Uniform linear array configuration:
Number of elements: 12
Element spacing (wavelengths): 0.25
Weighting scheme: hamming
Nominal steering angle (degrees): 30
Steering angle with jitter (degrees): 31.405
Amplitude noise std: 0.05
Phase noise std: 0.05

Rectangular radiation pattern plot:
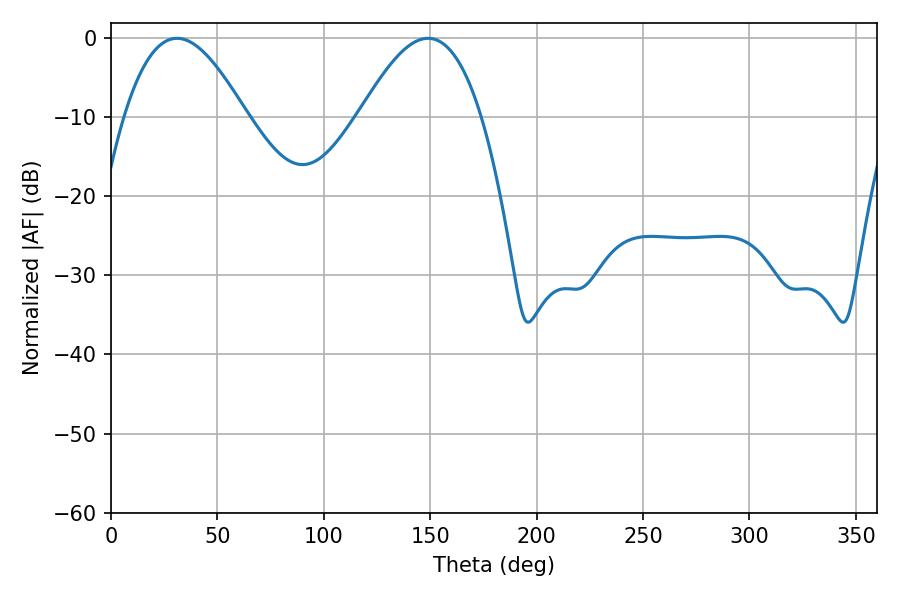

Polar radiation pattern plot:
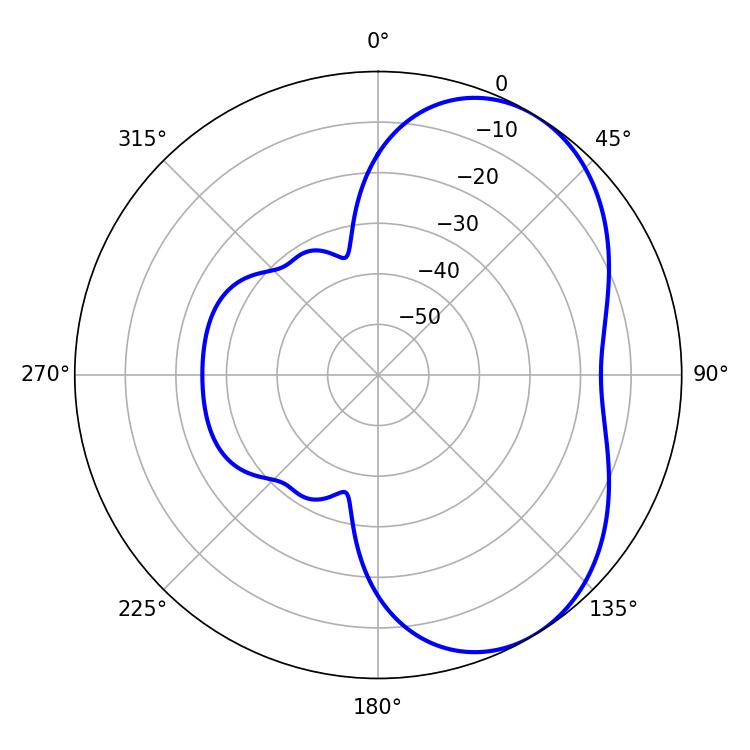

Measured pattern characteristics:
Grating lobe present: FALSE
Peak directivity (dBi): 4.892
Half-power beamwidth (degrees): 30.96
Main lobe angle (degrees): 30.96